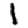
Digit: 1